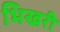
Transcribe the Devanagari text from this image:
भिखरी